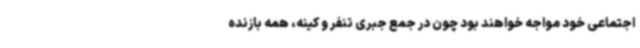
اجتماعی خود مواجه خواهند بود چون در جمع جبری تنفر و کینه، همه بازنده